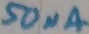
Text: 50µA